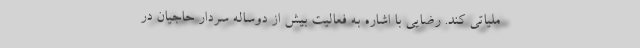
ملیاتی کند. رضایی با اشاره به فعالیت بیش از دوساله سردار حاجیان در